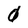
Character: 0